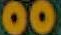
00